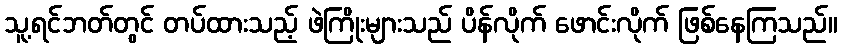
သူ့ရင်ဘတ်တွင် တပ်ထားသည့် ဖဲကြိုးများသည် ပိန်လိုက် ဖောင်းလိုက် ဖြစ်နေကြသည်။